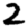
Digit: 2